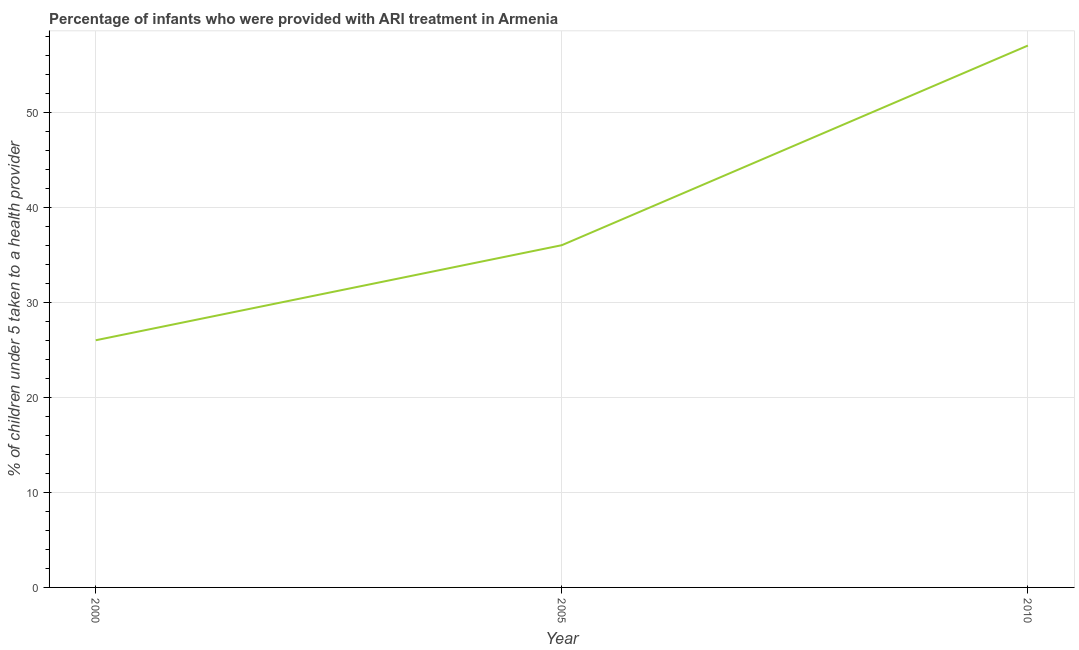
| Year | ARI treatment |
 | --- | --- |
 | 2000 | 26 |
 | 2005 | 36 |
 | 2010 | 57 |